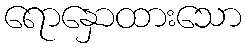
ရောနှောထားသော